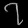
Digit: ၇